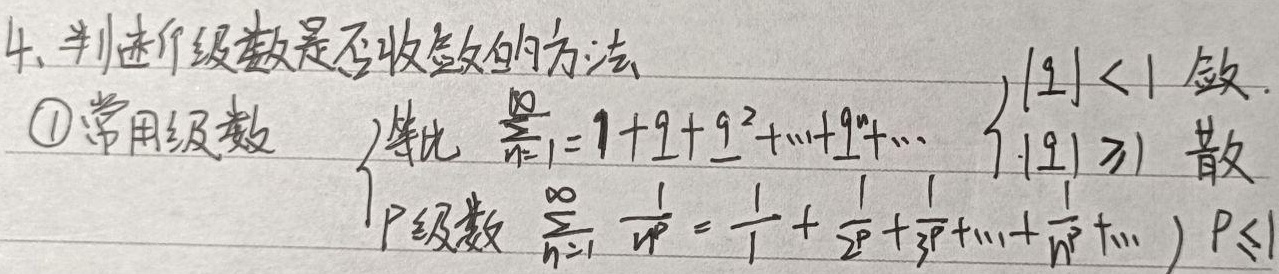
4. 判断级数是否收敛的方法
\textcircled{1} 常用级数
等比 $\sum_{n = 0}^{\infty}1 + q+q^{2}+\cdots+q^{n}+\cdots$ ，$\begin{cases}|q|<1\text{ 敛}\\ |q|\geqslant1\text{ 散}\end{cases}$
P - 级数 $\sum_{n = 1}^{\infty}\frac{1}{n^{p}}=\frac{1}{1^{p}}+\frac{1}{2^{p}}+\frac{1}{3^{p}}+\cdots+\frac{1}{n^{p}}+\cdots$ ，$p\leqslant1$